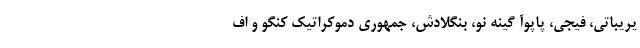
یریباتی، فیجی، پاپوآ گینه نو، بنگلادش، جمهوری دموکراتیک کنگو و اف